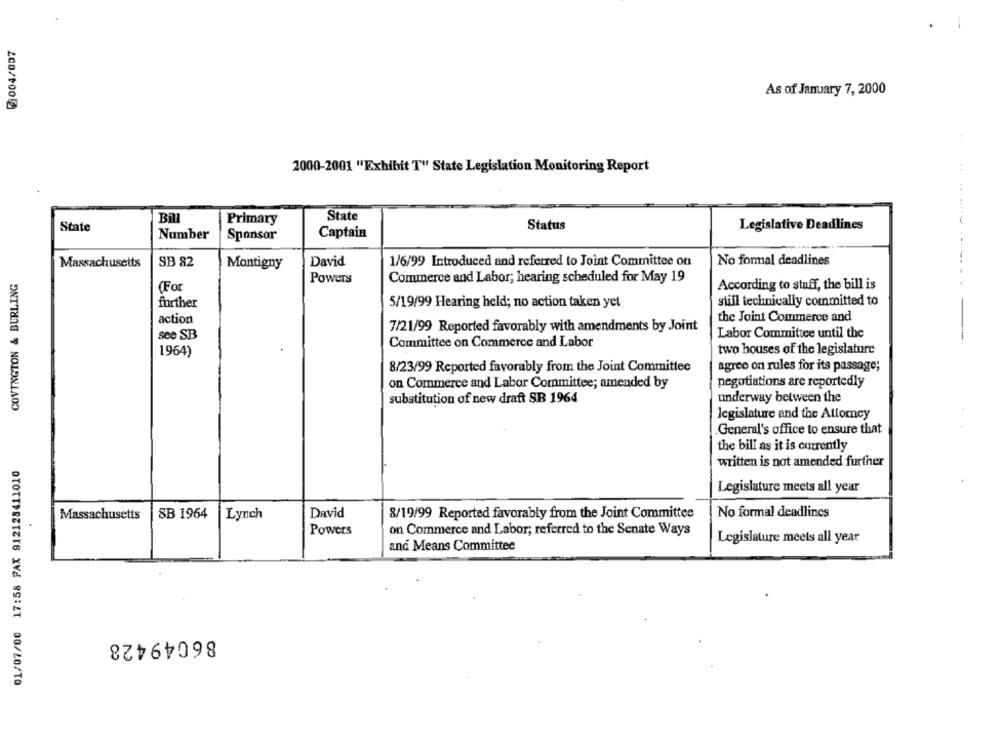
As of January 7, 2000
200/100
2000-2001 "Exhibit T" State Legislation Monitoring Report
Bill
Primary
State
State
Status
Legislative Deadlines
Number
Sponsor
Captain
Massachusetts
SB 82
Montigny
David
1/6/99 Introduced and referred to Joint Committee on
No formal deadlines
COVINGTON & BURLING
Powers
Commerce and Labor; hearing scheduled for May 19
(For
According to staff, the bill is
further
5/19/99 Hearing held; no action taken yet
still technically committed to
action
the Joint Commerce and
7/21/99 Reported favorably with amendments by Joint
Labor Committee until the
see SB
Committee on Commerce and Labor
1964)
two houses of the legislature
8/23/99 Reported favorably from the Joint Committee
agree on rules for its passage;
on Commerce and Labor Committee; amended by
negotiations are reportedly
substitution of new draft SB 1964
underway between the
legislature and the Attorney
General's office to ensure that
the bill as it is currently
01/07/00 17:58 FAX 912128411010
written is not amended further
Legislature meets all year
David
Massachusetts
SB 1964
Lynch
8/19/99 Reported favorably from the Joint Committee
No formal deadlines
Powers
on Commerce and Labor; referred to the Senate Ways
Legislature meets all year
and Means Committee
86049428